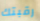
رقبتك